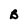
Character: B